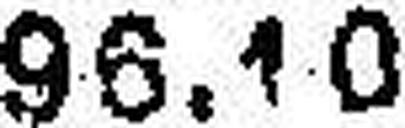
96.10